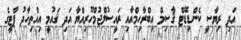
އަދި ރިޔާސީ ކެންޑިޑޭޓް ޤާސިމް އިބްރާހިމްއާއި ރައީސުލްޖުމްހޫރިއްޔާ އަދި ޤައުމީ އިއްތިހާދު ޕާޓީގެ